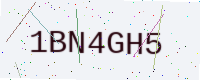
Text: 1BN4GH5